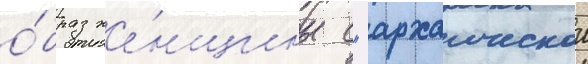
о́браз же́нщины с "архаическои